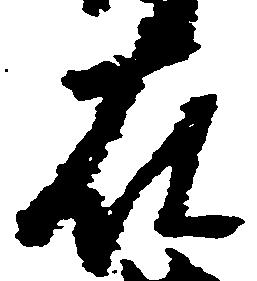
在